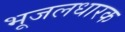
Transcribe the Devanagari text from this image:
भूजलधारक